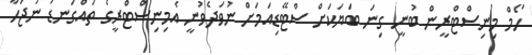
ހޯމް މިނިސްޓްރީން ބުނީ ގިނަ ބަޔަކަށް ސްޓޭޑިއަމަށް ނުވަދެވުނީ އެމިނިސްޓްރީގެ ތައްގަނޑު ނުޖަހާ